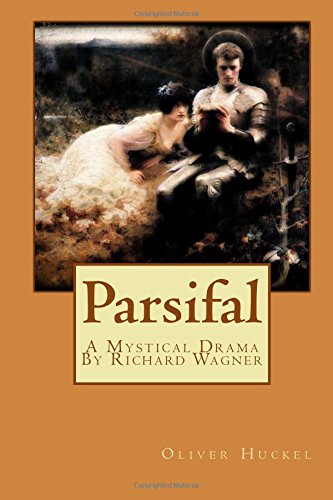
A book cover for Parsifal; Oliver Huckel; Literature & Fiction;